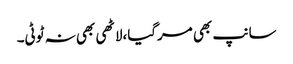
سانپ بھی مرگیا،لاٹھی بھی نہ ٹوٹی۔